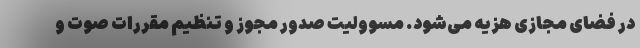
در فضای مجازی هزیه می‌شود. مسوولیت صدور مجوز و تنظیم مقررات صوت و